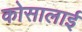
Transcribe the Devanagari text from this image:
कोसालाई